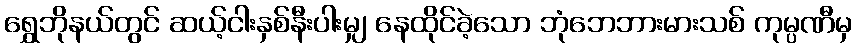
ရွှေဘိုနယ်တွင် ဆယ့်ငါးနှစ်နီးပါးမျှ နေထိုင်ခဲ့သော ဘုံဘေဘားမားသစ် ကုမ္ပဏီမှ